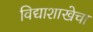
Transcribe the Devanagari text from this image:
विद्याशाखेचा